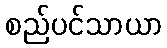
စည်ပင်သာယာ